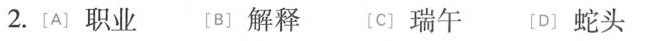
2.[A]职业 [B〕解释〔C]瑞午 [D〕蛇头